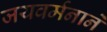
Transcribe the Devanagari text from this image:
जयवर्मनाने